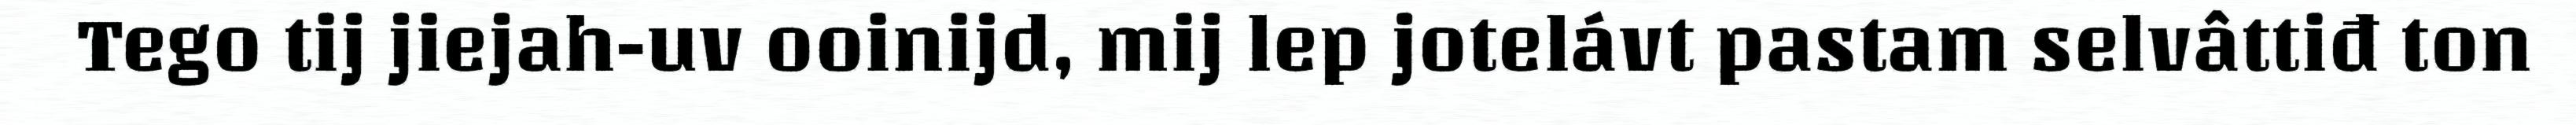
Tego tij jiejah-uv ooinijd, mij lep jotelávt pastam selvâttiđ ton